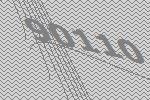
90110